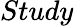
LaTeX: Study